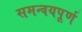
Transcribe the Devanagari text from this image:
समन्वयपूर्ण